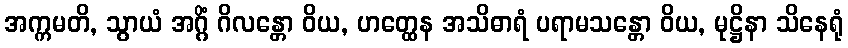
အက္ကမတိ, သွာယံ အဂ္ဂိံ ဂိလန္တော ဝိယ, ဟတ္ထေန အသိဓာရံ ပရာမသန္တော ဝိယ, မုဋ္ဌိနာ သိနေရုံ